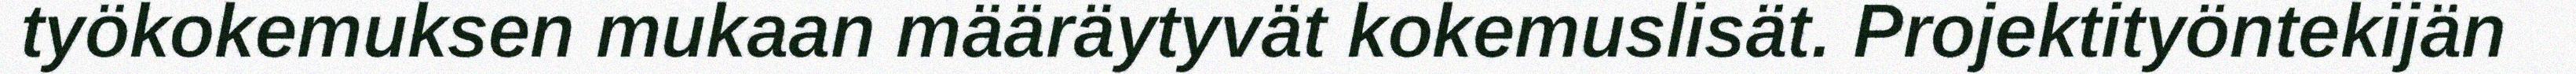
työkokemuksen mukaan määräytyvät kokemuslisät. Projektityöntekijän